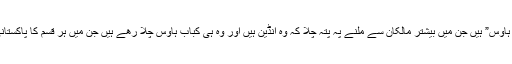
واشنگٹن ڈی سی میں بہت سارے “کباب ہاوس” ہیں جن میں بیشتر مالکان سے ملنے پہ پتہ چلا کہ وہ انڈین ہیں اور وہ ہی کباب ہاوٰس چلا رھے ہیں جن میں ہر قسم کا پاکستانی کھانا بہت معقول رقم میں مل جاتا تھا۔